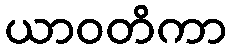
ယာဝတိကာ